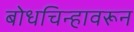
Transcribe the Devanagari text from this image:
बोधचिन्हावरून